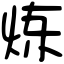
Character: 炼